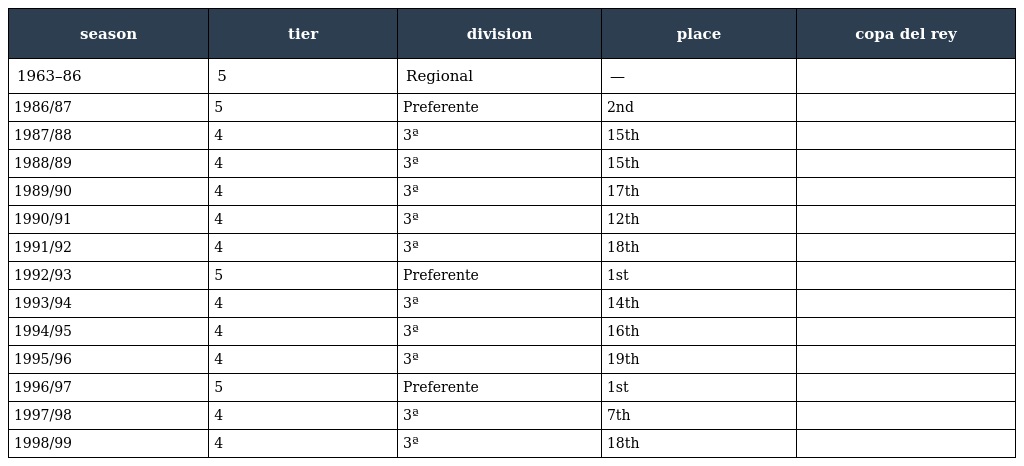
| season | tier | division | place | copa del rey |
 | --- | --- | --- | --- | --- |
 | 1963–86 | 5 | Regional | — |  |
 | 1986/87 | 5 | Preferente | 2nd |  |
 | 1987/88 | 4 | 3ª | 15th |  |
 | 1988/89 | 4 | 3ª | 15th |  |
 | 1989/90 | 4 | 3ª | 17th |  |
 | 1990/91 | 4 | 3ª | 12th |  |
 | 1991/92 | 4 | 3ª | 18th |  |
 | 1992/93 | 5 | Preferente | 1st |  |
 | 1993/94 | 4 | 3ª | 14th |  |
 | 1994/95 | 4 | 3ª | 16th |  |
 | 1995/96 | 4 | 3ª | 19th |  |
 | 1996/97 | 5 | Preferente | 1st |  |
 | 1997/98 | 4 | 3ª | 7th |  |
 | 1998/99 | 4 | 3ª | 18th |  |